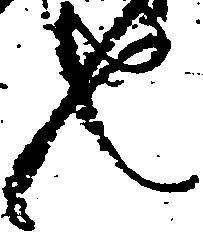
也